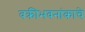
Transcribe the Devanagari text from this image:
वक्रीभवनांकाचे